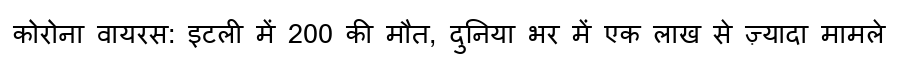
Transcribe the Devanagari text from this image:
कोरोना वायरस: इटली में 200 की मौत, दुनिया भर में एक लाख से ज़्यादा मामले